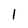
Character: 1